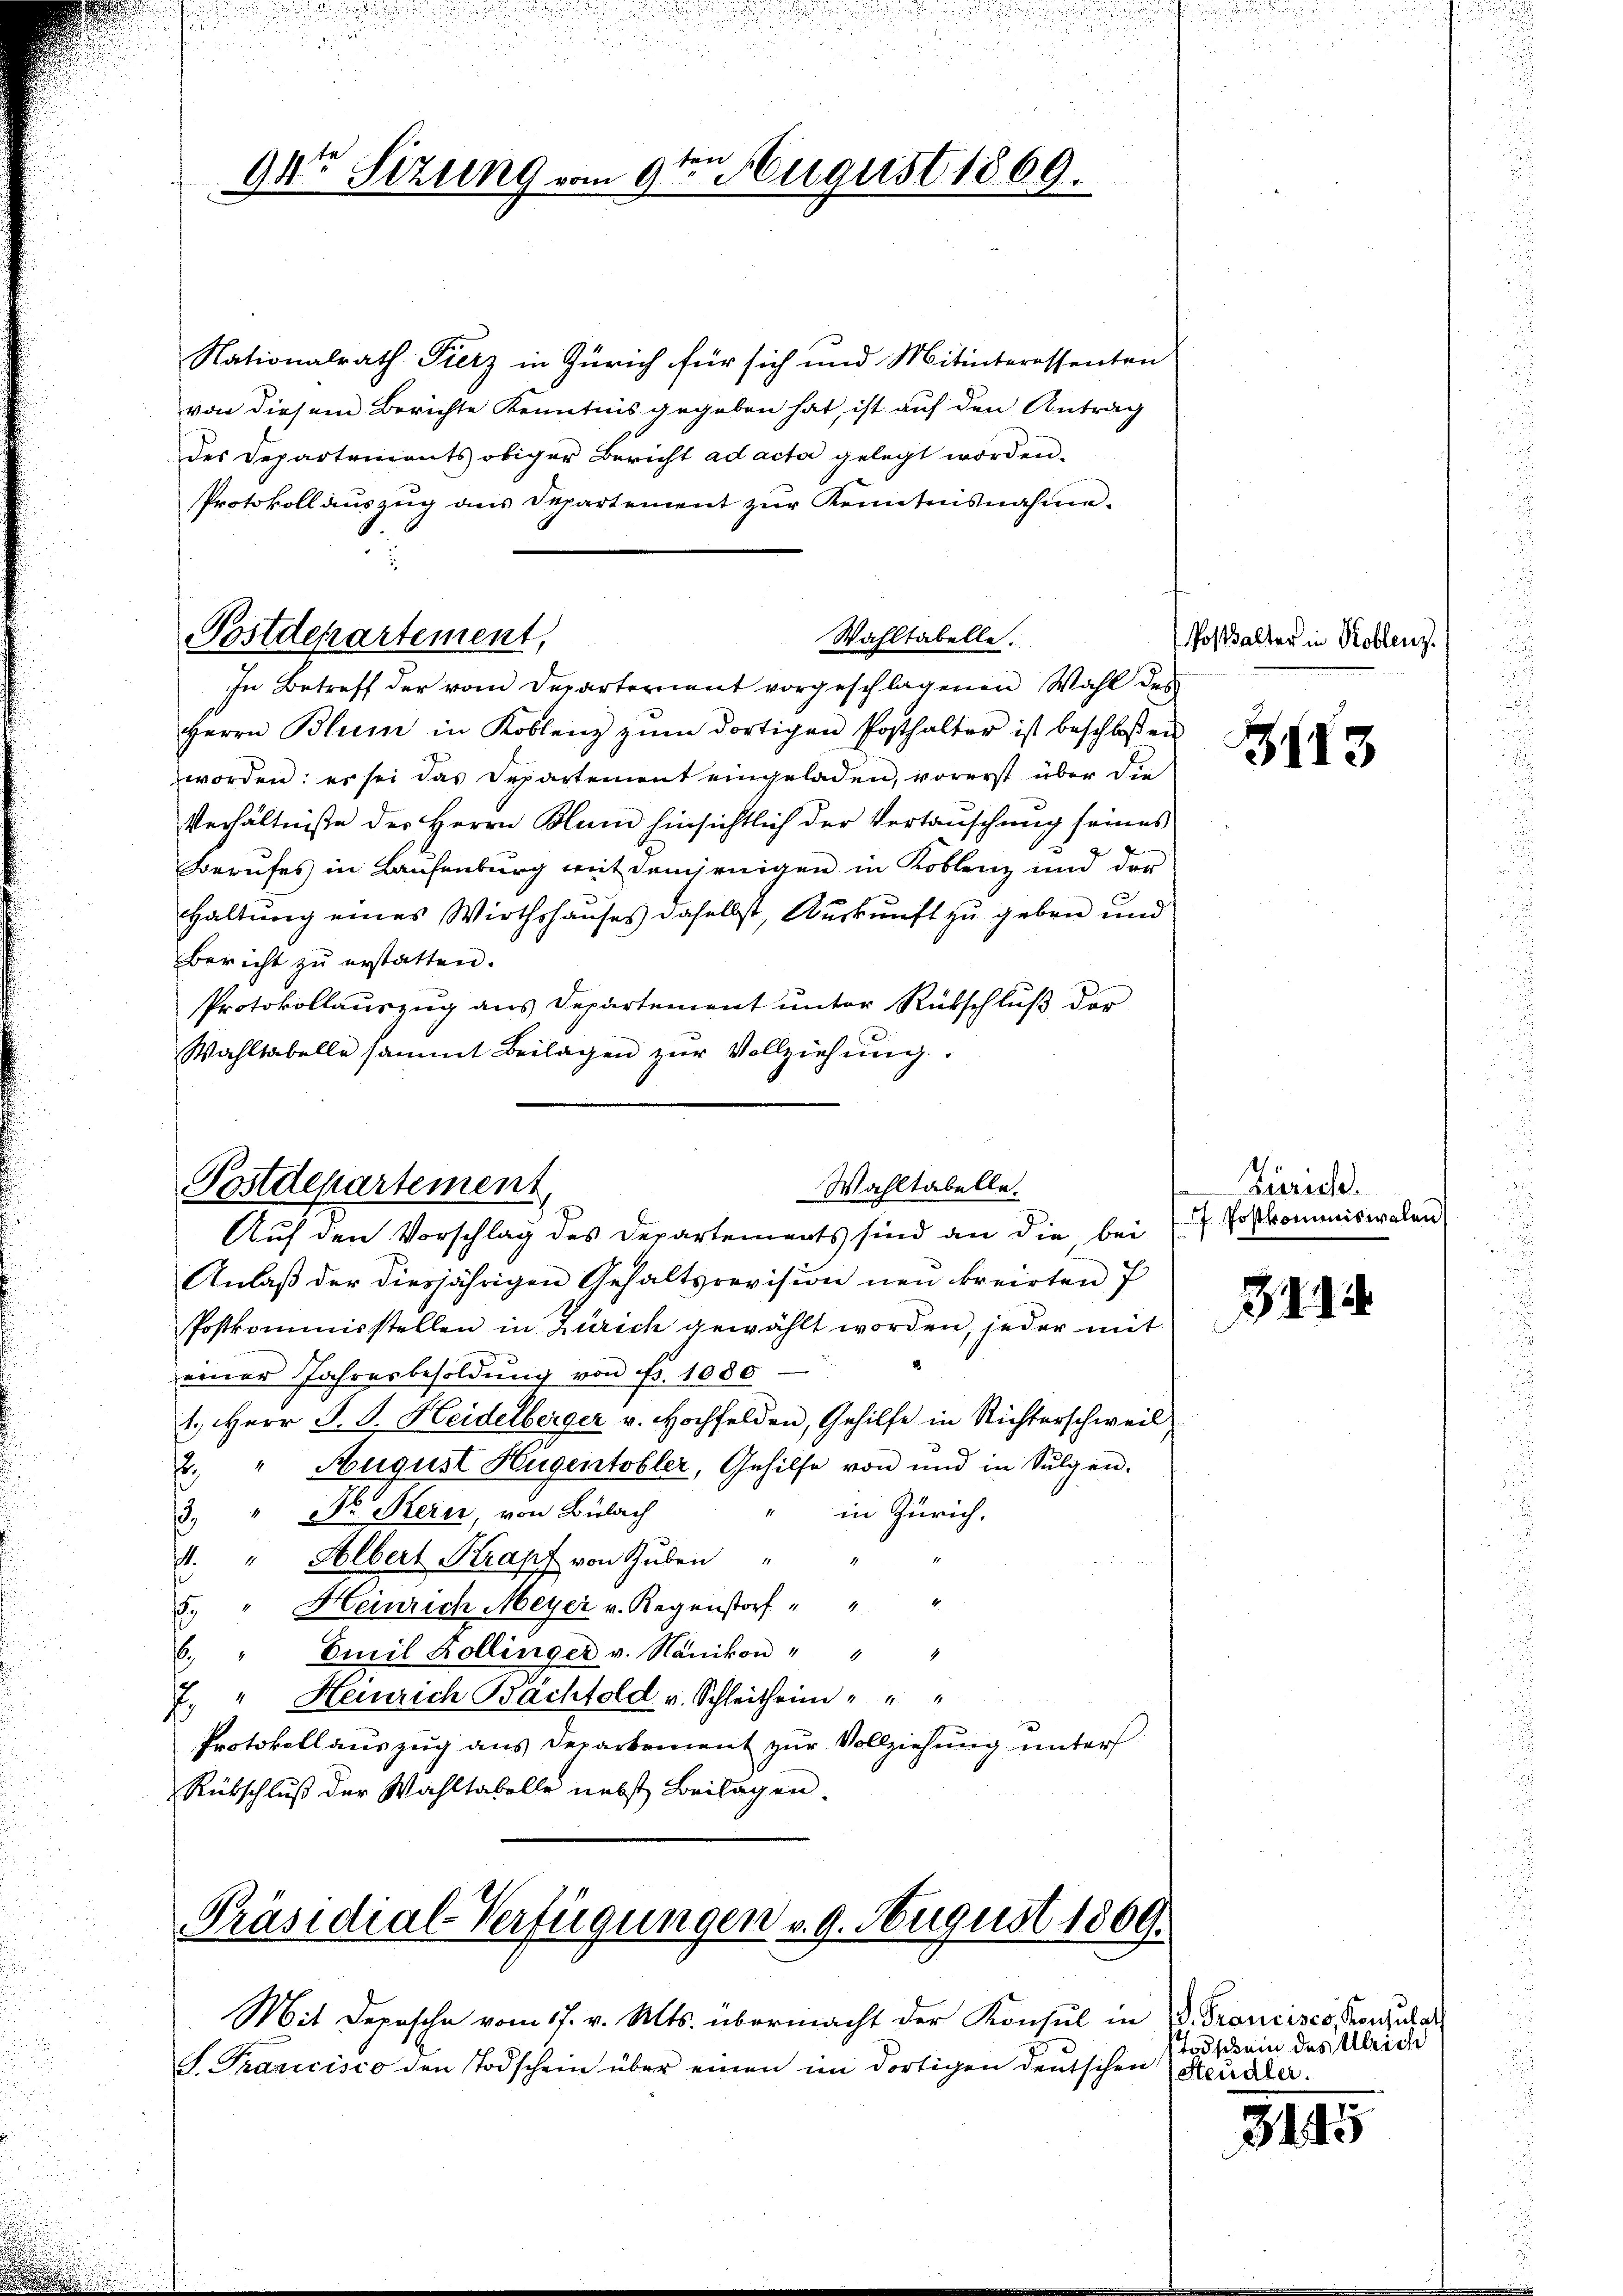
ten
94te Sitzung vom 9. August 1869.

Nationalrath Fierz in Zürich für sich und Mitinteressenten
von diesem Berichte Kenntnis gegeben hat, ist auf den Antrag
des Departements obiger Bericht ad acta gelegt worden.
Protokollauszug aus Departement zur Kenntnisnahme.

Wahltabelle.
Postdepartement,

In Betreff der vom Departerient vorgeschlagenen Wahl des
Herrn Blum in Koblenz zŭm dortigen Posthalter ist beschloßen
worden: es sei das Departement eingeladen, vorerst über die
Verhältnisse des Herrn Blum hinsichtlich der Vertauschung seines
Berufes in Laufenburg mit demjenigen in Koblenz und der
Haltung eines Wirthshauses daselbst, Auskunft zu geben und
Bericht zu erstatten.
Protokollauszug aus Departement unter Rükschluß der
Wahltabelle sammt Beilagen zŭr Vollziehŭng

Postdepartement,
Wahltabelle.
Auf den Vorschlag des Departements sind an die, bei

Anlaß der diesjährigen Gehaltsrevision neu kreirten 7
Postkommisstellen in Zürich gewählt worden, jeder mit
einer Jahresbesoldung von Fr. 1080
1.) Herr J. J. Heidelberger v. Hochfelden, Gehilfe in Richterschweil
2. " August Hugentobler, Gehilfe von und in Sulgen-
in Zürich.
2. " Dr. Kern, von Bülach
1. " Albert Krapf von Guben "
1
8. " Heinrich Meyer v. Regenstorf " 4
6. " Emil Kollinger v. Nänikon " " "
7. " Heinrich Bachtold v. Schleitheim
Protokoll auszug aus Departement zur Vollziehung unter
Rübschluß der Wahltabelle nebst Beilagen.

Präsidial-Verfügungen v. 9. August 1809.

S. Trancisco den Todschein über einen im dortigen deutschen (Steidler.

Mit Depesche vom 17. v. Mts. übermacht der Konsul in

Postalter in Hoblenz.

3113

Zürich.
7. Postkommiswalen

341

. Francisco, Konsulat
odschein des Ulrich

3145